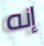
إنه